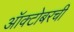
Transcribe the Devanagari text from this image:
ऑक्टोबरची